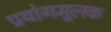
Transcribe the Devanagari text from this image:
प्रयोगमूलक